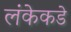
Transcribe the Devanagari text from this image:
लंकेकडे